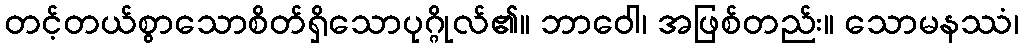
တင့်တယ်စွာသောစိတ်ရှိသောပုဂ္ဂိုလ်၏။ ဘာဝေါ၊ အဖြစ်တည်း။ သောမနဿံ၊